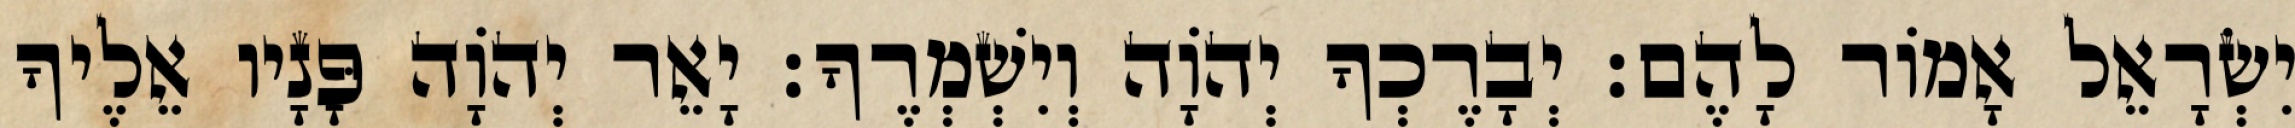
יִשְׂרָאֵל אָמוֹר לָהֶם׃ יְבָרֶכְךָ יְהוָֹה וְיִשְׁמְרֶךָ׃ יָאֵר יְהוָֹה פָּנָיו אֵלֶיךָ